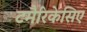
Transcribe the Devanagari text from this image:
टमैरिकेसिए